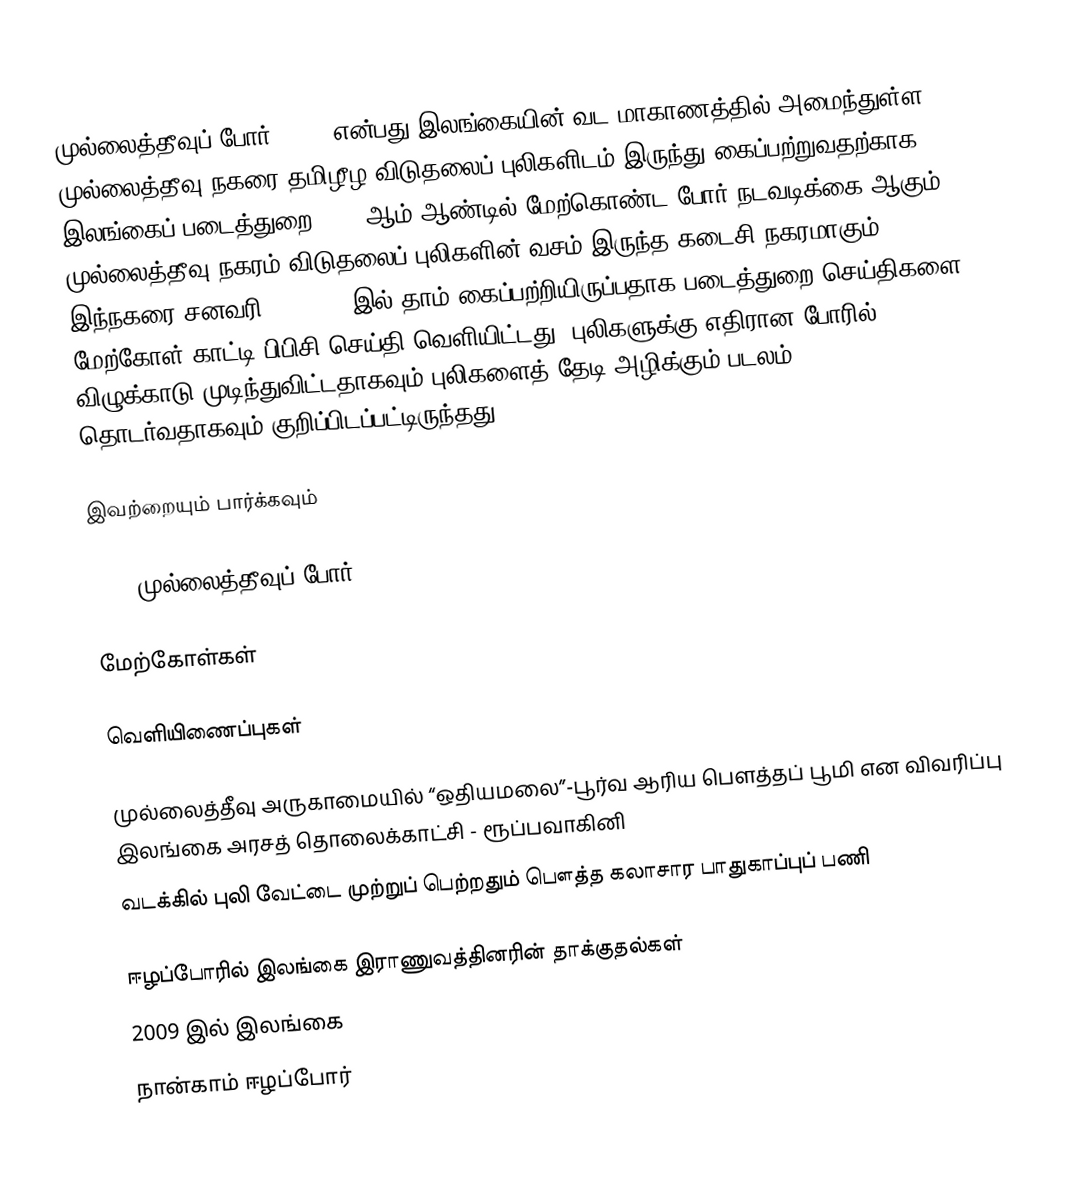
முல்லைத்தீவுப் போர், 2009 என்பது இலங்கையின் வட மாகாணத்தில் அமைந்துள்ள முல்லைத்தீவு நகரை தமிழீழ விடுதலைப் புலிகளிடம் இருந்து கைப்பற்றுவதற்காக இலங்கைப் படைத்துறை 2009 ஆம் ஆண்டில் மேற்கொண்ட போர் நடவடிக்கை ஆகும். முல்லைத்தீவு நகரம் விடுதலைப் புலிகளின் வசம் இருந்த கடைசி நகரமாகும். இந்நகரை சனவரி 25, 2009 இல் தாம் கைப்பற்றியிருப்பதாக படைத்துறை செய்திகளை மேற்கோள் காட்டி பிபிசி செய்தி வெளியிட்டது; புலிகளுக்கு எதிரான போரில் 95 விழுக்காடு முடிந்துவிட்டதாகவும் புலிகளைத் தேடி அழிக்கும் படலம் தொடர்வதாகவும் குறிப்பிடப்பட்டிருந்தது.

இவற்றையும் பார்க்கவும்

 1996 முல்லைத்தீவுப் போர்

மேற்கோள்கள்

வெளியிணைப்புகள்

 முல்லைத்தீவு அருகாமையில் “ஒதியமலை”-பூர்வ ஆரிய பௌத்தப் பூமி என விவரிப்பு இலங்கை அரசத் தொலைக்காட்சி - ரூப்பவாகினி
 வடக்கில் புலி வேட்டை முற்றுப் பெற்றதும் பௌத்த கலாசார பாதுகாப்புப் பணி

ஈழப்போரில் இலங்கை இராணுவத்தினரின் தாக்குதல்கள்
2009 இல் இலங்கை
நான்காம் ஈழப்போர்